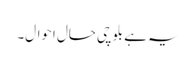
یہ ہے بلوچی حال احوال۔